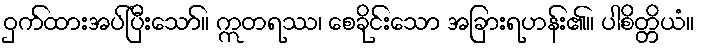
ဝှက်ထားအပ်ပြီးသော်။ ဣတရဿ၊ စေခိုင်းသော အခြားရဟန်း၏။ ပါစိတ္တိယံ။